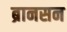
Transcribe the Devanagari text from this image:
ब्रानसन